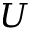
U